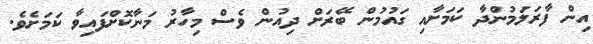
އިން ފާރަލަމުންދާ ކަމަށާއި ގައުމުން ބޭރަށް ދިއުން ވެސް މިހާރު މަނާކޮށްފައިވާ ކަމަށެވެ.